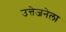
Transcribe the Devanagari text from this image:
उत्तेजनेला